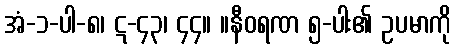
အံ-၁-ပါ-၈၊ ဋ-၄၃၊ ၄၄။ ။နီဝရဏ ၅-ပါး၏ ဥပမာကို